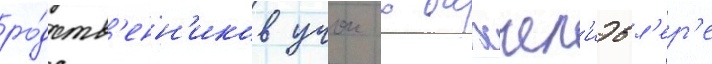
ро́дств'енн'иков учок в бахчел'иэвл'ер'е